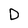
Character: D